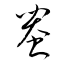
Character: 蛩